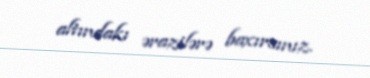
altındakı ərazilərə baxırsınız.